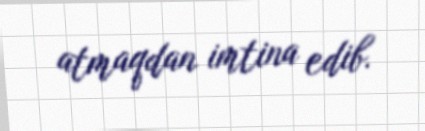
atmaqdan imtina edib.